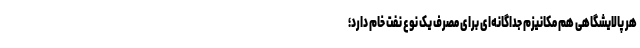
هر پالایشگاهی هم مکانیزم جداگانه‌ای برای مصرف یک نوع نفت خام دارد؛